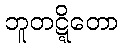
ဘူတဋ္ဋိတော